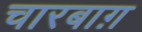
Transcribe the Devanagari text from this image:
चारबाग़